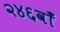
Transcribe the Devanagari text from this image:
२४६वाँ